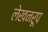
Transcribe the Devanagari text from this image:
लेखनरूप